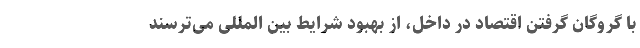
با گروگان گرفتن اقتصاد در داخل، از بهبود شرایط بین المللی می‌ترسند